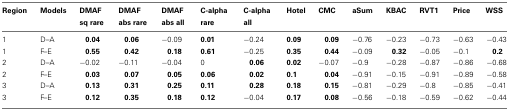
| Region | Models | DMAF sq rare | DMAF abs rare | DMAF abs all | C-alpha rare | C-alpha all | Hotel | CMC | aSum | KBAC | RVT1 | Price | WSS |
 | --- | --- | --- | --- | --- | --- | --- | --- | --- | --- | --- | --- | --- | --- |
 | 1 | D–A | 0.04 | 0.06 | −0.09 | 0.01 | −0.24 | 0.09 | 0.09 | −0.76 | −0.23 | −0.73 | −0.63 | −0.43 |
 | 1 | F–E | 0.55 | 0.42 | 0.18 | 0.61 | −0.25 | 0.35 | 0.44 | −0.09 | 0.32 | −0.05 | −0.1 | 0.2 |
 | 2 | D–A | −0.02 | −0.11 | −0.04 | 0 | 0.06 | 0.02 | −0.07 | −0.9 | −0.28 | −0.87 | −0.86 | −0.68 |
 | 2 | F–E | 0.03 | 0.07 | 0.05 | 0.06 | 0.02 | 0.1 | 0.04 | −0.91 | −0.15 | −0.91 | −0.89 | −0.58 |
 | 3 | D–A | 0.13 | 0.31 | 0.25 | 0.11 | 0.28 | 0.18 | 0.15 | −0.81 | −0.29 | −0.8 | −0.85 | −0.41 |
 | 3 | F–E | 0.12 | 0.35 | 0.18 | 0.12 | −0.04 | 0.17 | 0.08 | −0.56 | −0.18 | −0.59 | −0.62 | −0.44 |